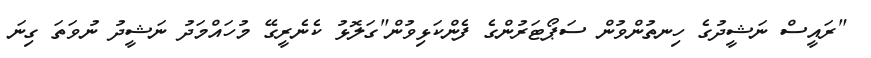
"ރައީސް ނަޝީދުގެ ހިނތުންވުން ސަޕޯޓަރުންގެ ފެންކަޅިވުން"ގަލޮޅު ކެނެރީގޭ މުހައްމަދު ނަޝީދު ނުވަތަ ގިނަ